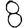
Digit: 8